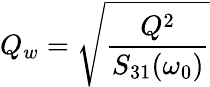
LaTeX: Q_{w}=\sqrt{\frac{Q^{2}}{S_{31}(\omega_{0})}}